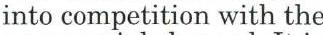
into competition with the